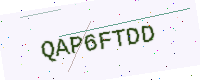
Text: QAP6FTDD